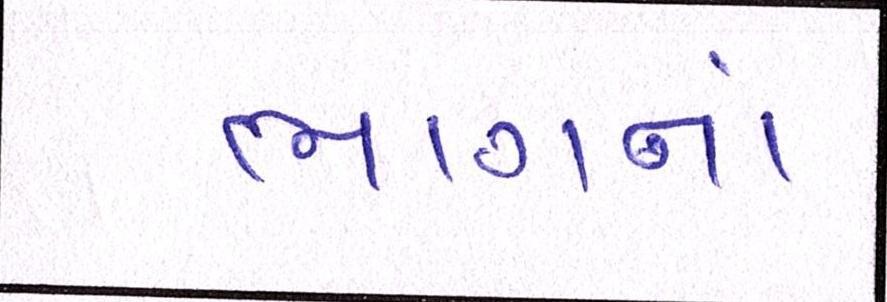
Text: ભાગનાં